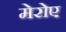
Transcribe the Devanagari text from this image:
मेरोए